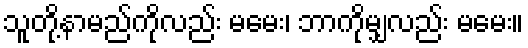
သူတို့နာမည်ကိုလည်း မမေး၊ ဘာကိုမျှလည်း မမေး။